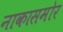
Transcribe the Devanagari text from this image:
नाकासमोर